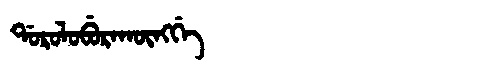
Manchu: ᡩᠣᡵᠣᠯᠣᠪᡠᡵᠠᡴᡡᠩᡤᡝ
Romanization: DOROLOBURAKŪNGGE